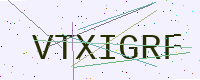
Text: VTXIGRF